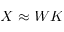
X \approx W K